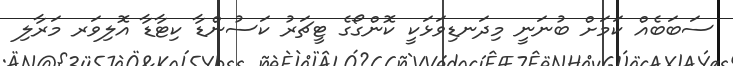
ސަބަބެއް ކަމަށް ބުނަނީ މިދަނޑިވަޅަކީ ކޮންގޯގެ ޓީޗަރު ކަސުންޑާ ކިޓާޑާ އޮލިވަރ މަރާލި